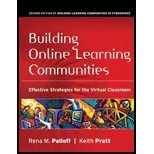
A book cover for Building Online Learning Communities- Effective Strategies for the Virtual Classroom (2nd, 07) by Palloff, Rena M - Pratt, Keith [Paperback (2007)]; Paloff; Education & Teaching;